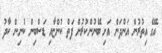
އޭގެ އިތުރުން އަންދަން އަށި ބޭނުންކުރުން ފަތް ކުންޏާއި ޑަސްބިން ކުނިން ކާދު